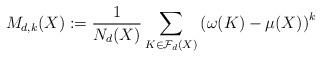
LaTeX: \begin{align*}M_{d,k}(X) := \frac{1}{N_d(X)} \sum_{K\in\mathcal{F}_d(X)} \left(\omega(K)-\mu(X)\right)^k\end{align*}